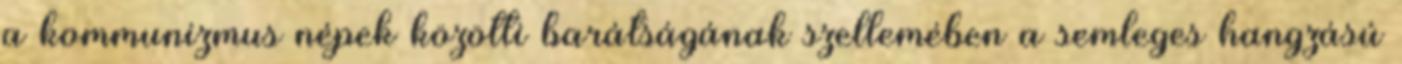
a kommunizmus népek közötti barátságának szellemében a semleges hangzású